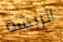
الريشة